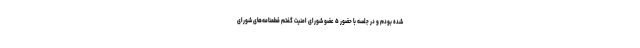
شده بودم و در جلسه با حضور ۵ عضو شورای امنیت گفتم قطعنامه‌های شورای